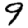
Digit: 9